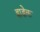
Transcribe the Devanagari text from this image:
ह्राडेक